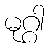
မုဂ္ဂါ